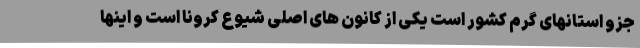
جزو استانهای گرم کشور است یکی از کانون های اصلی شیوع کرونا است و اینها